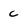
Character: C